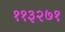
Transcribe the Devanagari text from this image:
११३२७१